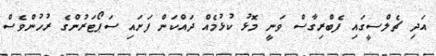
އަދި ޗެލްސީގައި ފެބްރިގާސް ވަނީ މޮޅު ކުޅުމެއް ދައްކަން ފަށައި ސަޕޯޓަރުންގެ ރުހުންވެސް